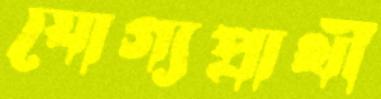
যোগ্যপ্রার্থী